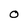
Character: O